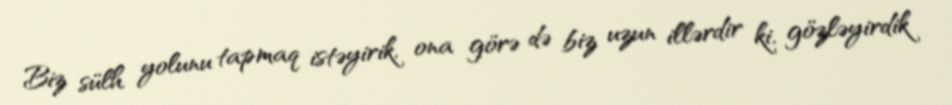
Biz sülh yolunu tapmaq istəyirik, ona görə də biz uzun illərdir ki, gözləyirdik